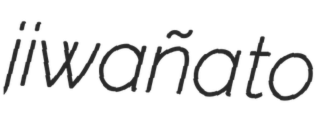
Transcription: jiwaña to